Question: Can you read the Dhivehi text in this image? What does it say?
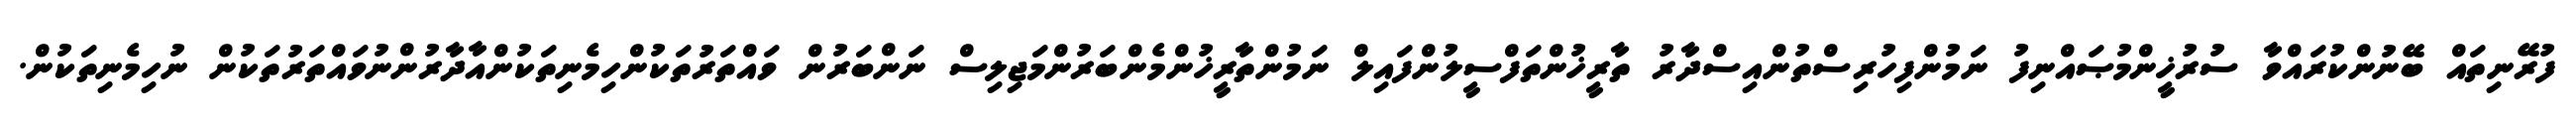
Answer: ފުރޭނިތައް ބޭނުންކުރައްވާ ސުރުޚީންމުޞައްނިފު ނަމުންފިހުރިސްތުންއިސްދާރު ތާރީޚުންތަފްސީލުންފައިލް ނަމުންތާރީޚުންމެންބަރުންމަޖިލިސް ނަންބަރުން ވައްތަރުތަކުންހިމެނިތަކުންއާދާރުންނުވައްތަރުތަކުން ނުހިމެނިތަކުން.